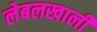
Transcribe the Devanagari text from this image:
लेबलखाली